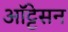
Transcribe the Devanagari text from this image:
ऑट्टेसन